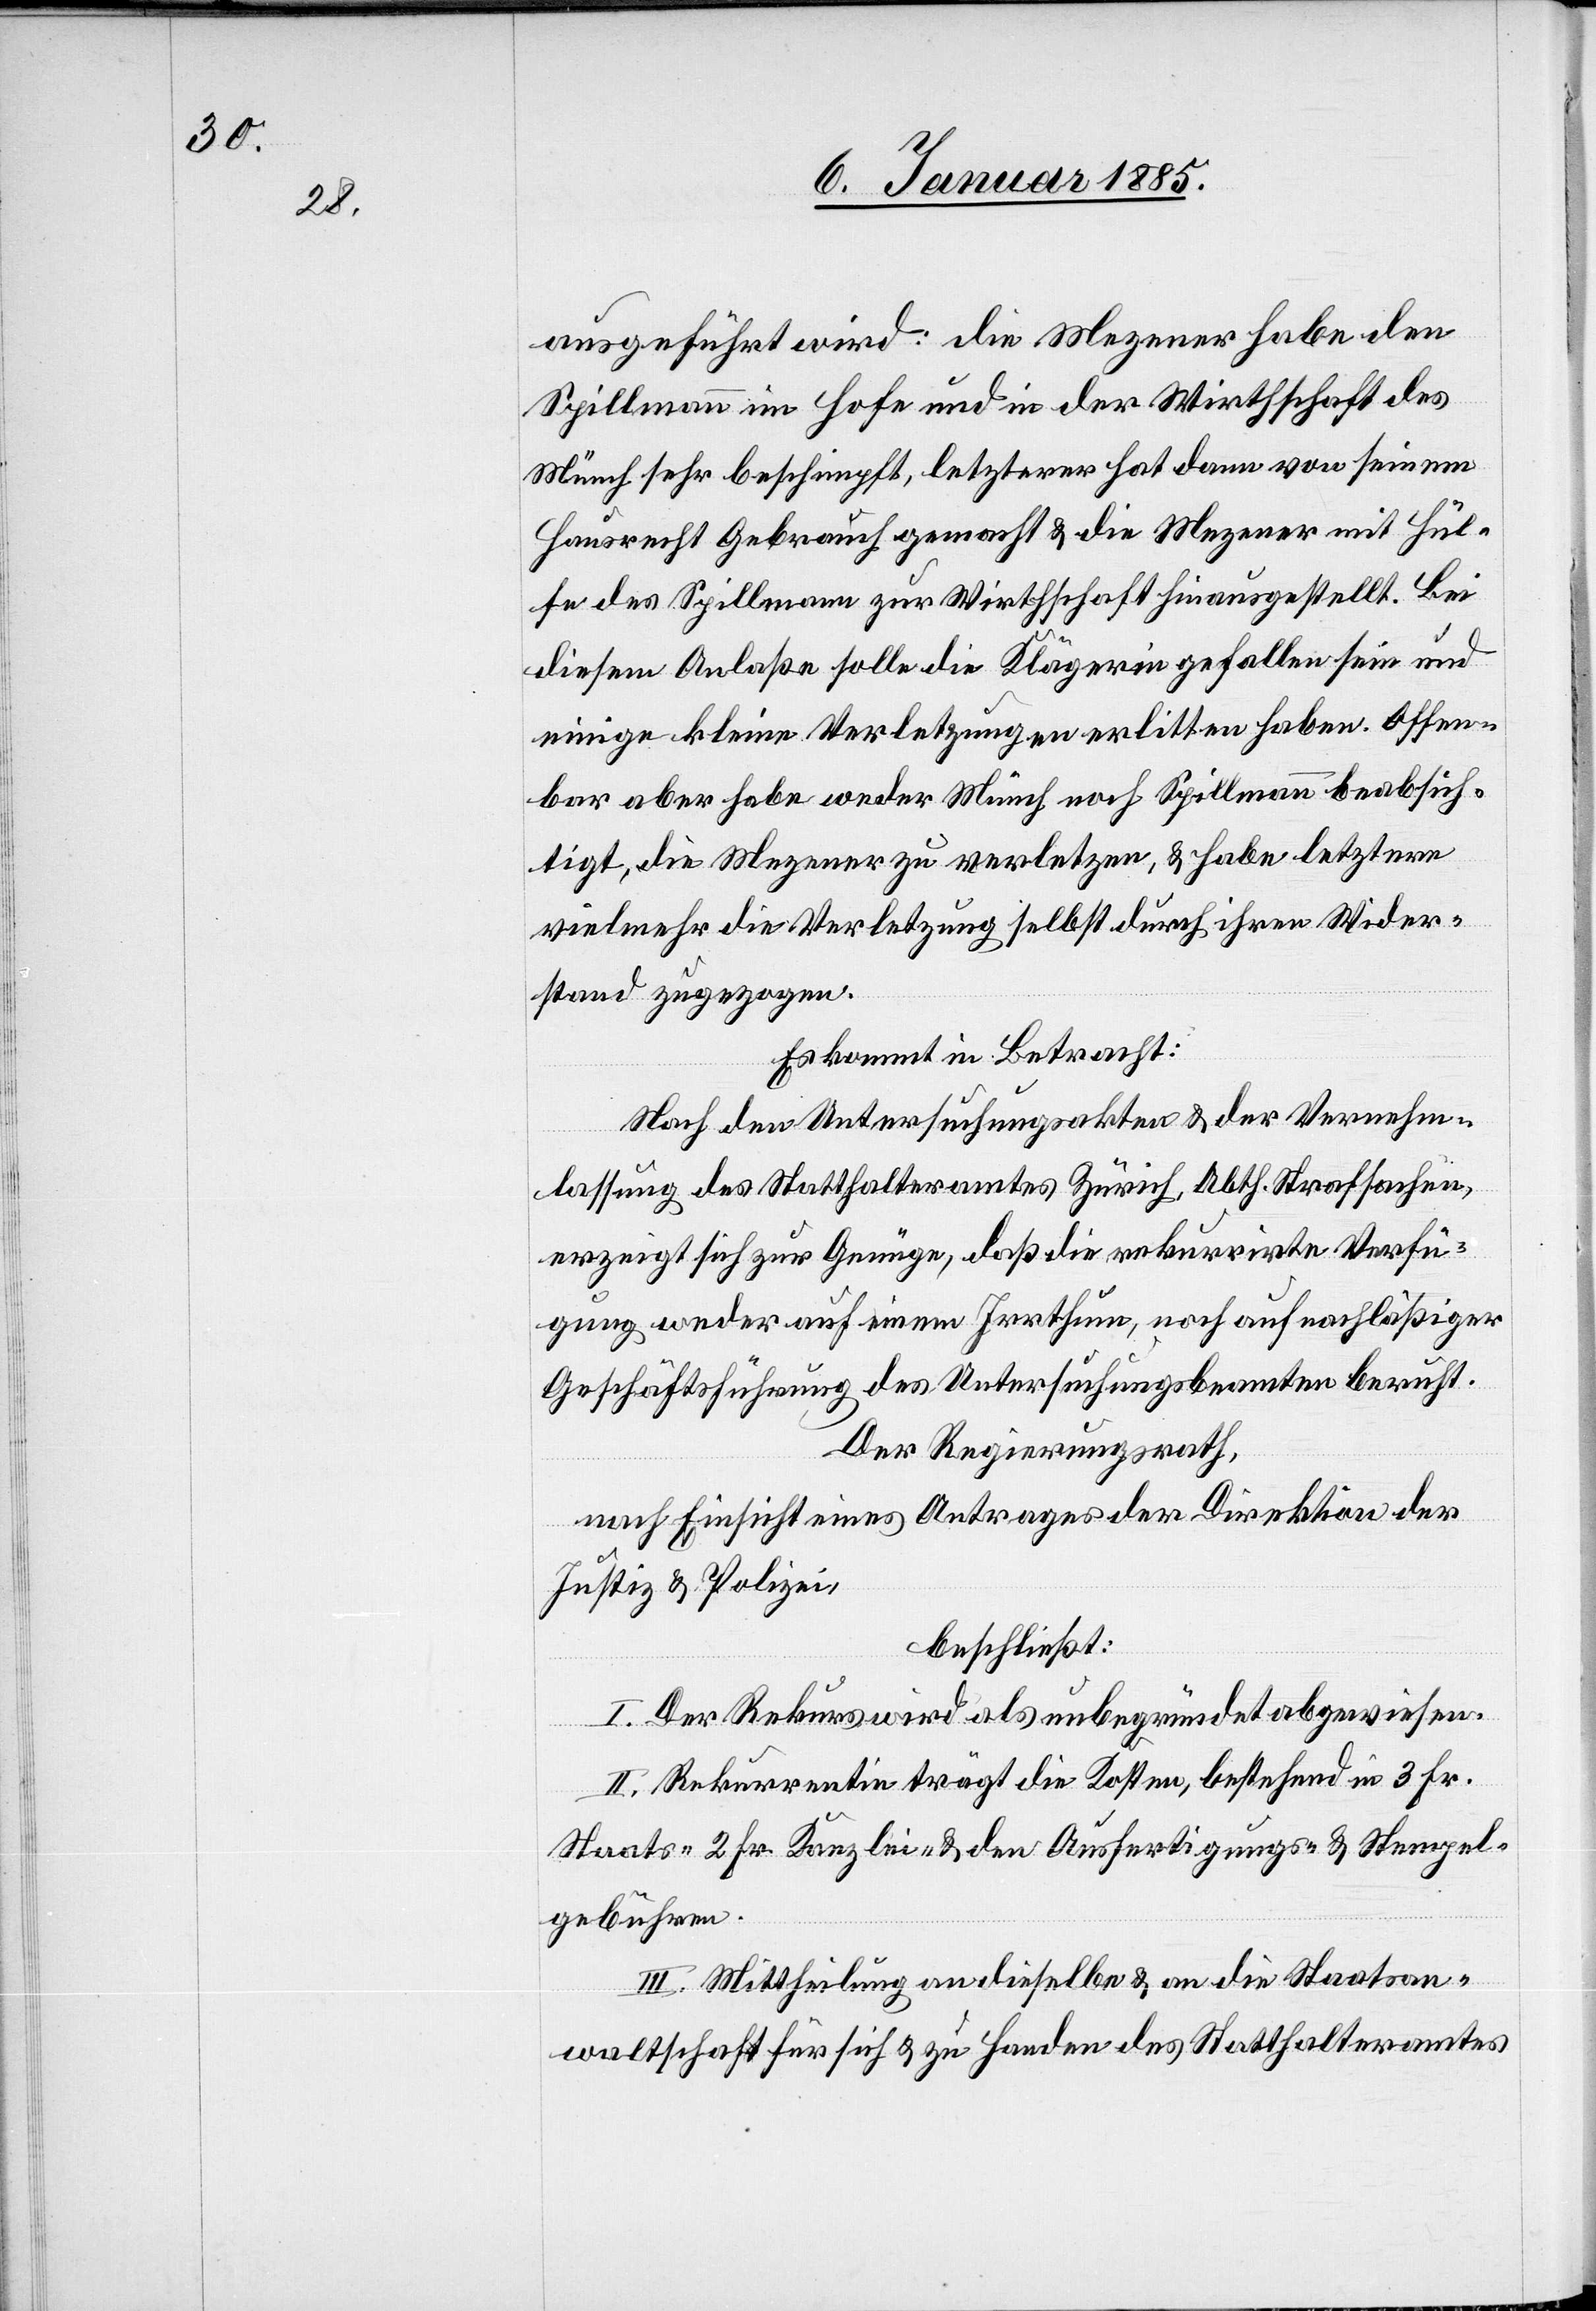
ausgeführt wird: die Mezener habe den
Spillmann im Hofe und in der Wirthschaft des
Münch sehr beschimpft, letzterer hat dann von seinem
Hausrecht Gebrauch gemacht & die Mezener mit Hül¬
fe des Spillmann zur Wirthschaft hinausgestellt. Bei
diesem Anlaße solle die Klägerin gefallen sein und
einige kleine Verletzungen erlitten haben. Offen¬
bar aber habe weder Münch noch Spillmann beabsich¬
tigt, die Mezener zu verletzen, & habe letztere
vielmehr die Verletzung selbst durch ihren Wider¬
stand zugezogen.
Es kommt in Betracht:
Nach den Untersuchungsakten & der Vernehm¬
lassung des Statthalteramtes Zürich, Abth. Strafsachen,
erzeigt sich zur Genüge, daß die rekurrirte Verfü¬
gung weder auf einem Irrthum, noch auf nachläßiger
Geschäftsführung des Untersuchungsbeamten beruht.
Der Regierungsrath,
nach Einsicht eines Antrages der Direktion der
Justiz & Polizei,
beschließt:
I. Der Rekurs wird als unbegründet abgewiesen.
II. Rekurrentin trägt die Kosten, bestehend in 3 Fr.
Staats- & 2. Fr. Kanzlei- & den Ausfertigungs- & Stempel¬
gebühren.
III. Mittheilung an dieselbe & an die Staatsan¬
waltschaft für sich & zu Handen des Statthalteramtes